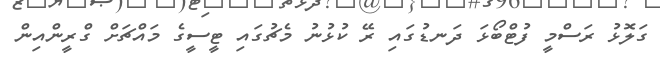
ގަލޮޅު ރަސްމީ ފުޓްބޯޅަ ދަނޑުގައި ރޭ ކުޅުނު މެޗުގައި ޓީސީގެ މައްޗަށް ގްރީންއިން